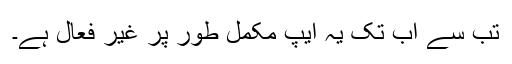
تب سے اب تک یہ ایپ مکمل طور پر غیر فعال ہے۔